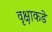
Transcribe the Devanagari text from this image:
वृक्षाकडे